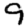
Digit: 9